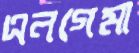
এনগেমা